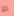
ما